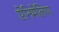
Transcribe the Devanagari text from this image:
ऐनिमेलिया